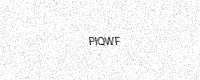
Text: PIQWF